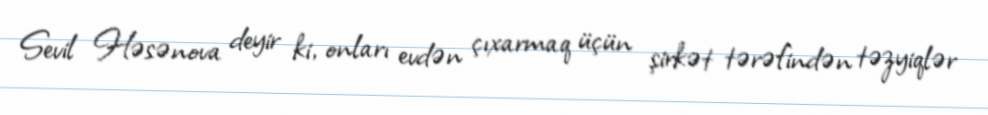
Sevil Həsənova deyir ki, onları evdən çıxarmaq üçün şirkət tərəfindən təzyiqlər